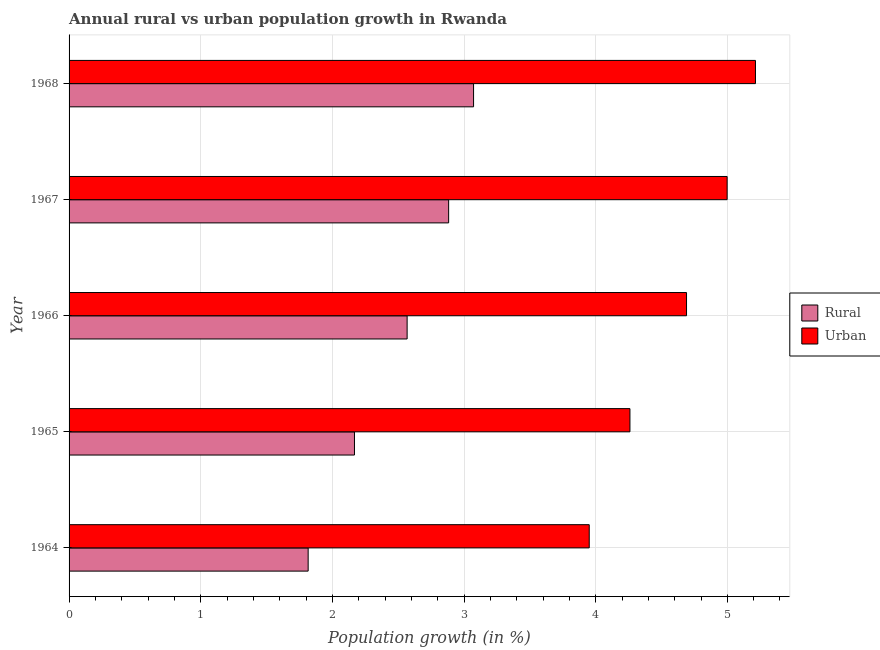
| Year | Rural | Urban  |
 | --- | --- | --- |
 | 1964 | 1.82 | 3.95 |
 | 1965 | 2.17 | 4.26 |
 | 1966 | 2.57 | 4.69 |
 | 1967 | 2.88 | 5 |
 | 1968 | 3.07 | 5.21 |